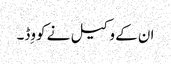
ان کے وکیل نے کووِڈ۔